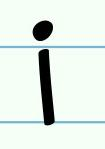
i